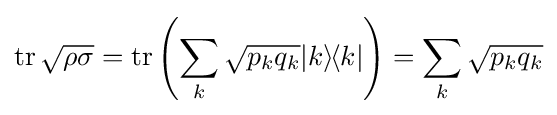
\operatorname {tr} {\sqrt {\rho \sigma }}=\operatorname {tr} \left(\sum _{k}{\sqrt {p_{k}q_{k}}}|k\rangle \!\langle k|\right)=\sum _{k}{\sqrt {p_{k}q_{k}}}